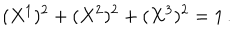
LaTeX: ( X ^ { 1 } ) ^ { 2 } + ( X ^ { 2 } ) ^ { 2 } + ( X ^ { 3 } ) ^ { 2 } = 1 \, .